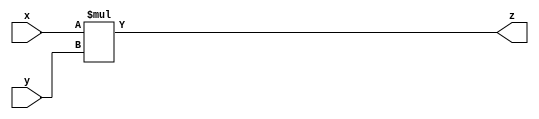
`timescale 1ns / 1ps
module mul # (parameter WIDTH = 32) (
	input [WIDTH-1:0] x,
	input [WIDTH-1:0] y,
	output reg [WIDTH-1:0] z);
	
	always@(*)
	begin
    	z = x*y;
	end
endmodule